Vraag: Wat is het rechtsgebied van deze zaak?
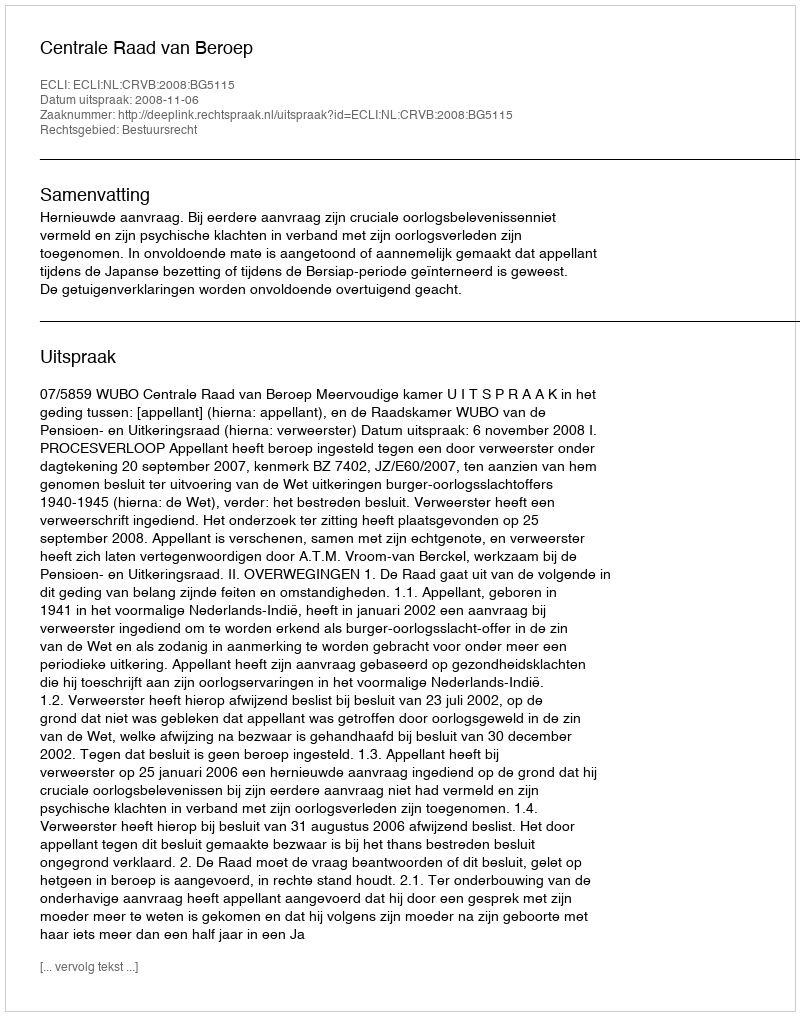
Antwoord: Bestuursrecht